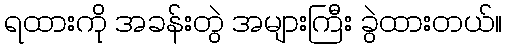
ရထားကို အခန်းတွဲ အများကြီး ခွဲထားတယ်။